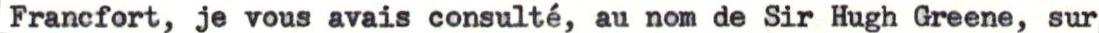
Francfort, je vous avais consulté, au nom de Sir Hugh Greene, sur